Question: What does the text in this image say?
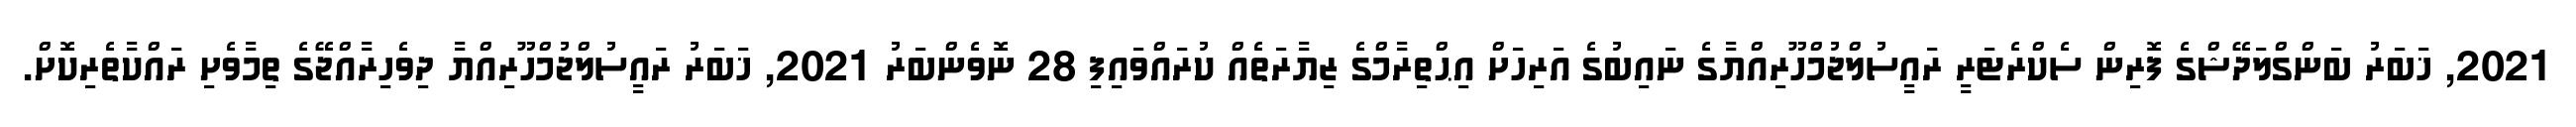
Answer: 2021, ޚަބަރު ބަންގްލަދޭޝްގެ ފޮރިން ސެކްރެޓަރީ ރައީސުލްޖުމްހޫރިއްޔާގެ ނައިބުގެ އަރިހަށް އިޙްތިރާމްގެ ޒިޔާރަތެއް ކުރައްވައިފި 28 ނޮވެންބަރު 2021, ޚަބަރު ރައީސުލްޖުމްހޫރިއްޔާ ދިވެހިރާއްޖޭގެ ތިމާވެށި ރައްކާތެރިކޮށް.